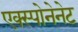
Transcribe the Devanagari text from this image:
एक्स्पोनेनेट